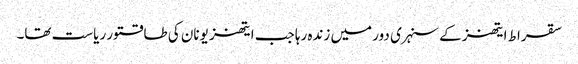
سقراط ایتھنز کے سنہری دور میں زندہ رہا جب ایتھنز یونان کی طاقتور ریاست تھا۔